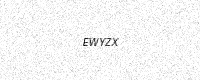
Text: EWYZX